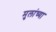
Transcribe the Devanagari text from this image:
मुलांच्‍या